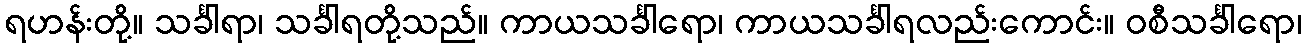
ရဟန်းတို့။ သင်္ခါရာ၊ သင်္ခါရတို့သည်။ ကာယသင်္ခါရော၊ ကာယသင်္ခါရလည်းကောင်း။ ဝစီသင်္ခါရော၊